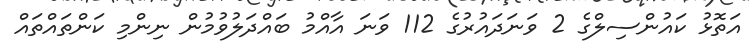
އަތޮޅު ކައުންސިލްގެ 2 ވަނަދައުރުގެ 112 ވަނަ އާއްމު ބައްދަލުވުމުން ނިންމި ކަންތައްތައް